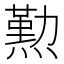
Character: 𤏊